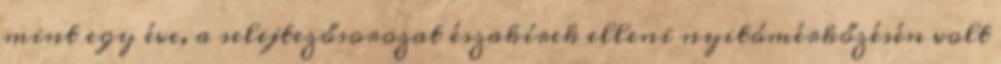
mint egy éve, a selejtezősorozat északírek elleni nyitómérkőzésén volt